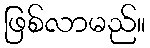
ဖြစ်လာမည်။